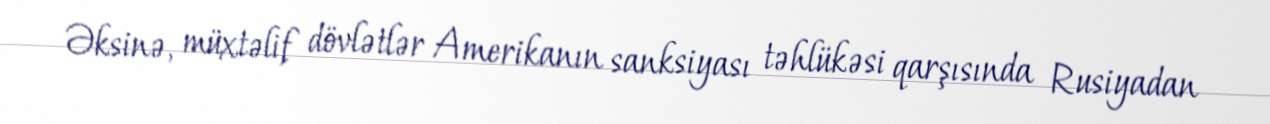
Əksinə, müxtəlif dövlətlər Amerikanın sanksiyası təhlükəsi qarşısında Rusiyadan